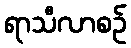
ရာသီလာစဉ်